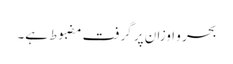
بحر و اوزان پر گرفت مضبوط ہے۔